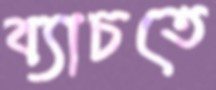
ব্যাচতে